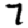
Digit: 7